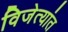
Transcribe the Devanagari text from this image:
विजेत्यांत